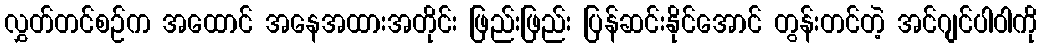
လွှတ်တင်စဉ်က အထောင် အနေအထားအတိုင်း ဖြည်းဖြည်း ပြန်ဆင်းနိုင်အောင် တွန်းတင်တဲ့ အင်ဂျင်ပါဝါကို